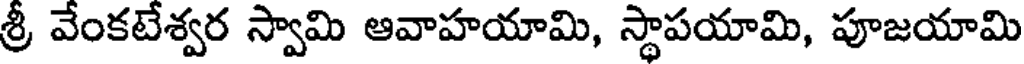
శ్రీ వేంకటేశ్వర స్వామి ఆవాహయామి, స్థాపయామి, పూజయామి